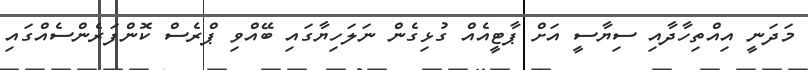
މަދަނީ އިއްތިހާދާއި ސިޔާސީ އަށް ޕާޓީއެއް ގުޅިގެން ނަލަހިޔާގައި ބޭއްވި ޕްރެސް ކޮންފަރެންސެއްގައި